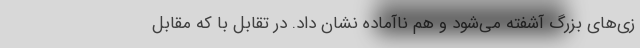
زی‌های بزرگ آشفته می‌شود و هم ناآماده نشان داد. در تقابل با که مقابل